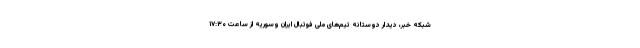
شبکه خبر، دیدار دوستانه تیم‌های ملی فوتبال ایران وسوریه از ساعت ۱۷:۳۰